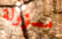
مسؤولة